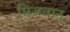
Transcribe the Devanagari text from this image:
मिजवान